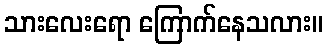
သားလေးရော ကြောက်နေသလား။